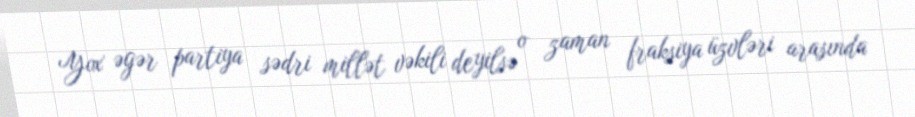
Yox əgər partiya sədri millət vəkili deyilsə o zaman fraksiya üzvləri arasında